Leaving Certificate Examination, 1907
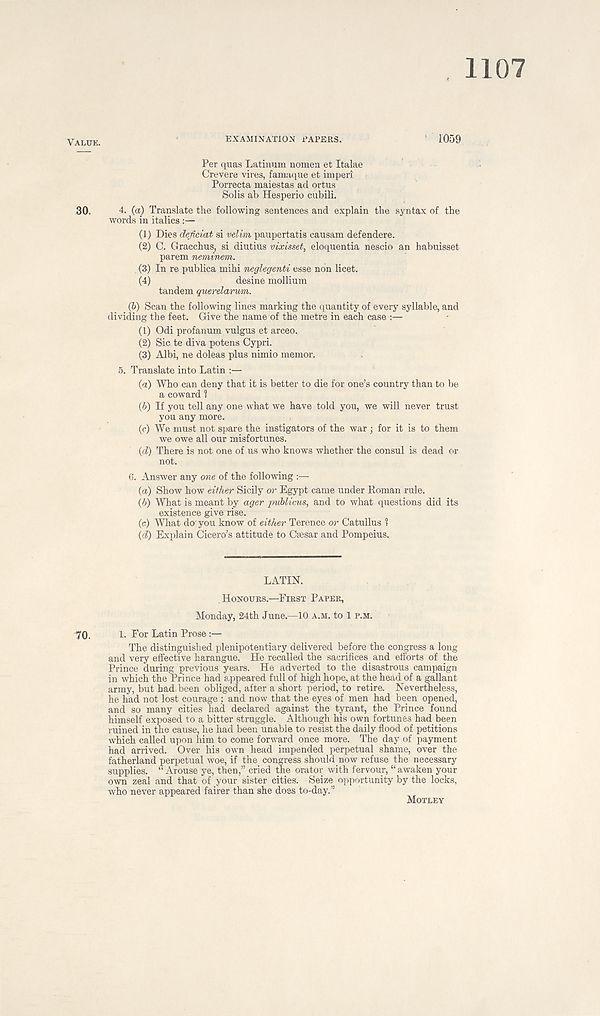
1107
yALUE
EXAMINATION PAPERS.
1059
Per quas Latinum nomen et Italae
Crevere vires, famaque et imperi
Porrecta maiestas ad ortus
Solis ab Hesperio cubili.
30.
4. (a) Translate the following sentences and explain the syntax of the
words in italics:—
(1) Dies deficiat si velim paupertatis causam defendere.
(2) C. Gracchus, si diutius vixisset, eloquentia nescio an habuisset
parem neminem.
(3) In re publica mihi neglegenti esse non licet.
(4)
desine mollium
tandem querelarwm.
(6) Scan the following lines marking the quantity of every syllable, and
dividing the feet. Give the name of the metre in each case :—
(1) Odi profanum vulgus et arceo.
(2) Sic te diva potens Cypri.
(3) Albi, ne doleas plus nimio memor.
5. Translate into Latin :—
(a) Who can deny that it is better to die for one’s country than to be
a coward 1
(h) If you tell any one what we have told you, we will never trust
you any more.
(c) We must not spare the instigators of the war ; for it is to them
we owe all our misfortunes.
{d) There is not one of us who knows whether the consul is dead or
not.
G. Answer any one of the following :—
(а) Show how eilher Sicily or Egypt came under Roman rule.
(б) What is meant by ager pvblicus, and to what questions did its
existence give rise.
(c) What do'you know of either Terence or Catullus 1
(d) Explain Cicero’s attitude to Caesar and Pompeius.
LATIN.
HONOURS.—FIRST PAPER,
Monday, 24th June.—10 A.M. to 1 P.M.
70.
1. For Latin Prose
The distinguished plenipotentiary delivered before the congress a long
and very effective harangue. He recalled the sacrifices _ and efforts of the
Prince during previous years. He adverted to the disastrous campaign
in which the Prince had appeared full of high hope, at the head of a gallant
army, but bad been obliged, after a short period, to retire. Nevertheless,
he had not lost courage : and now that the eyes of men had been opened,
and so many cities had declared against the tyrant, the Prince found
himself exposed to a bitter struggle. Although his own fortunes had been
ruined in the cause, he had been unable to resist the daily flood of petitions
which called upon him to come forward once more. The day of payment
had arrived. Over his own head impended perpetual shame, over the
fatherland perpetual woe, if the congress should now refuse the necessary
supplies. “ Arouse ye, then,” cried the orator with fervour, “ awaken your
own zeal and that of your sister cities. Seize opportunity by the locks,
who never appeared fairer than she doss to-day.”
MOTLEY